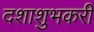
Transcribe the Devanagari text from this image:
दशाशुभकरी